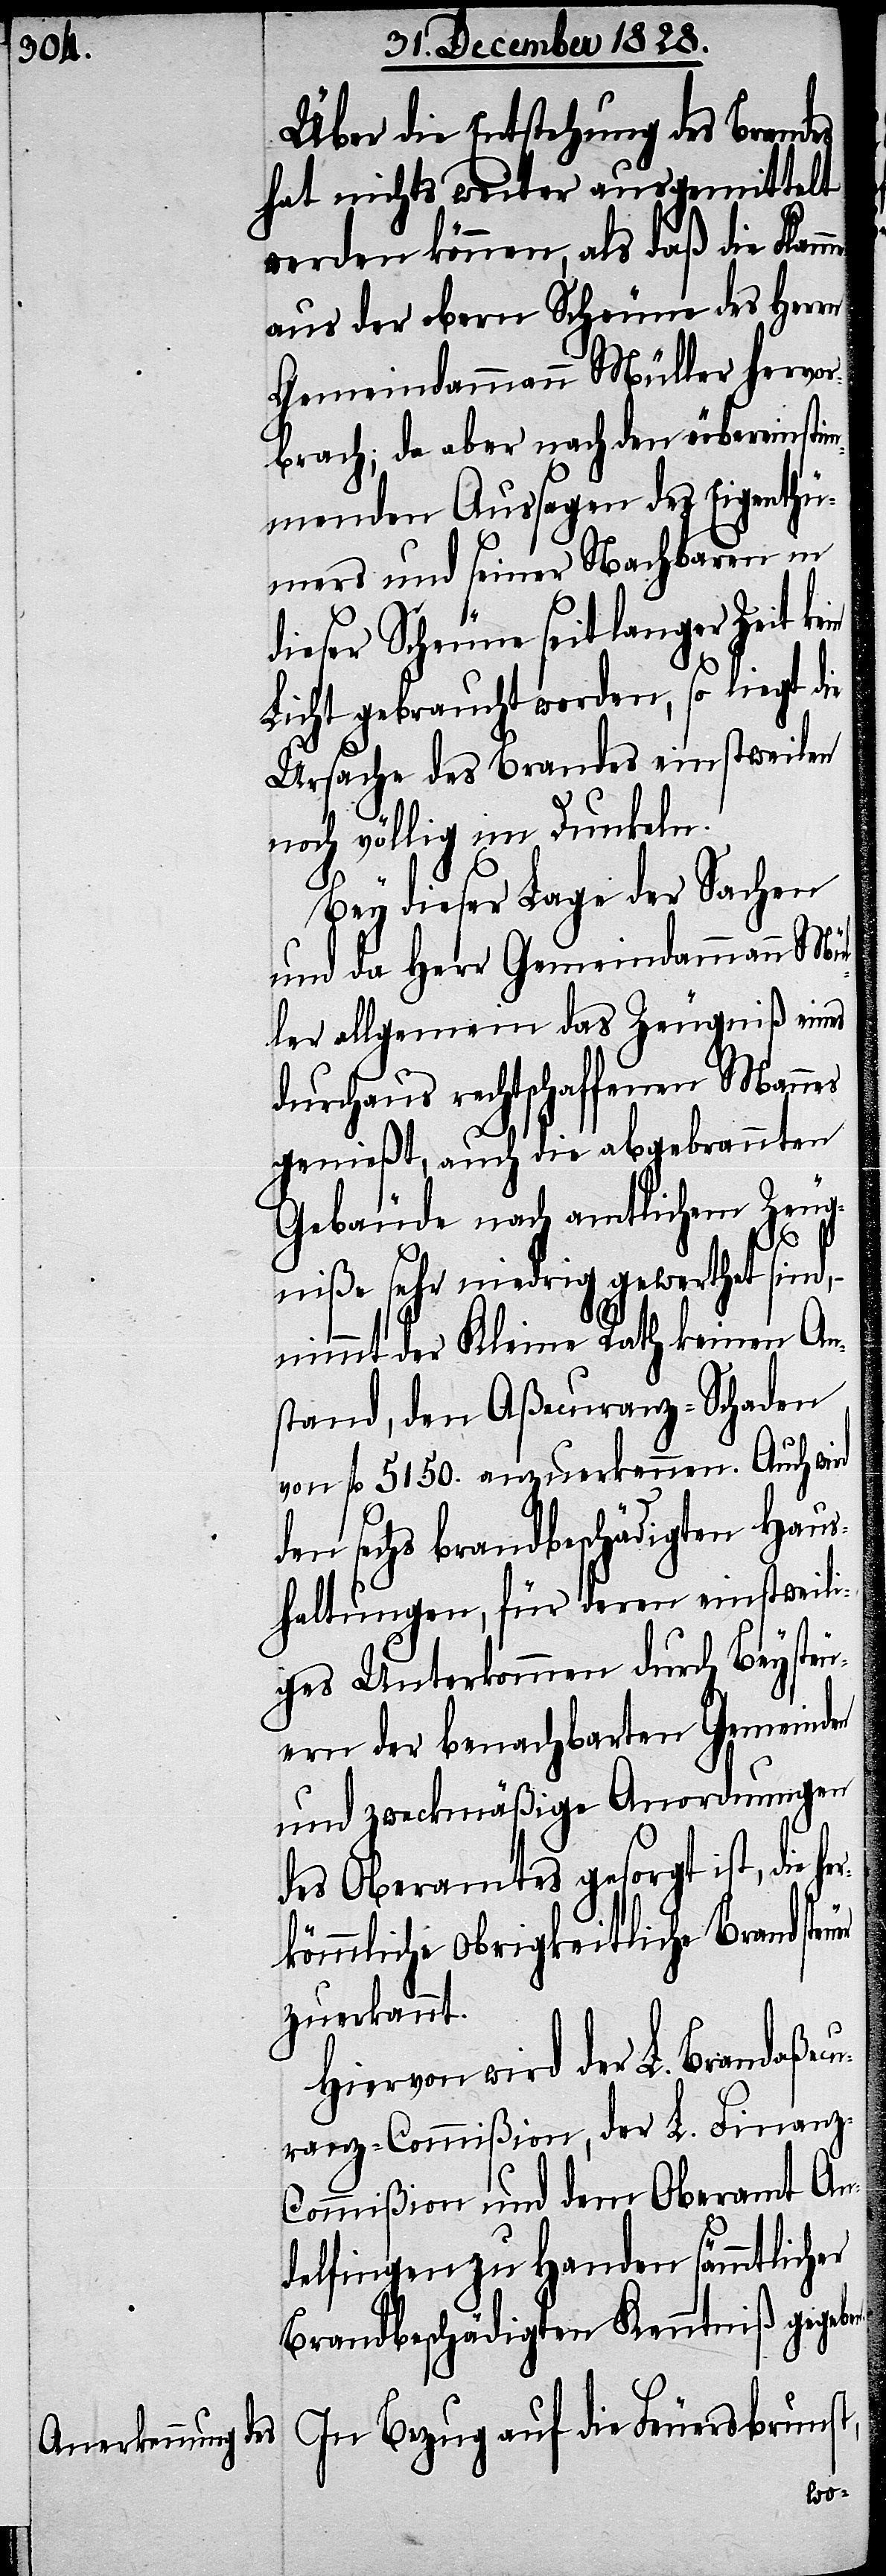
Über die Entstehung des Brandes
hat nichts weiter ausgemittelt
werden können, als daß die Flam¬
aus der obern Scheune des Herrn
Gemeindammann Müller hervor¬
brach; da aber nach den übereinstim¬
menden Aussagen des Eigenthü¬
mers und seiner Nachbarn in
dieser Scheune seit langer Zeit ke¬
Licht gebraucht worden, so liegt die
Ursache des Brandes einstweilen
noch völlig im Dunkeln.
Bey dieser Lage der Sachen
und da Herr Gemeindammann Mül¬
ler allgemein das Zeugniß eines
durchaus rechtschaffenen Mannes
genießt, auch die abgebrannten
Gebäude nach amtlichem Zeug¬
niße sehr niedrig gewerthet sind,
nimmt der Kleine Rath keinen An¬
stand, den Aßecuranz-Schaden
von fl. 5150. anzuerkennen. Auch wird
den sechs brandbeschädigten Haus¬
haltungen, für deren einstweili¬
ges Unterkommen durch Beysteu¬
ern der benachbarten Gemeinden
und zweckmäßige Anordnungen
des Oberamtes gesorgt ist, die
kömmliche obrigkeitliche Brandste¬
zuerkannt.
Hiervon wird der L. Brandaßec¬
uranz-Commißion, der Finan¬
z-Commißion und dem Oberamt An¬
delfingen zu Handen sämmtlicher
Brandbeschädigten Kenntniß gegebe¬
In Bezug auf die Feuersbrunst,
n.